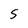
Character: 5